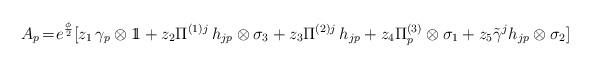
LaTeX: \begin{align*}A_{p} \! = \! e^{\frac{\phi}{2}}[z_1 \, \gamma_{p} \otimes 1 \! \! 1 + z_{2} \Pi^{(1) j} \, h_{jp} \otimes \sigma_{3} + z_3 \Pi^{(2) j} \, h_{jp} + z_4 \Pi^{(3)}_{p} \otimes \sigma_1 + z_5 {\tilde \gamma}^{j} h_{jp} \otimes \sigma_2]\end{align*}